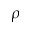
\rho